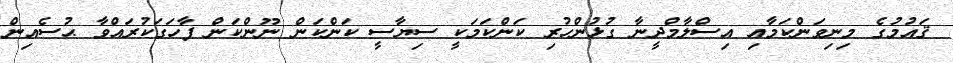
ޤައުމުގެ މިނިވަންކަމާއި އިސްލާމްދީނާ ގުޅުންހުރި ކަންކަމަކީ ސިޔާސީ ކަންކަން ނޫންކަން ފާހަގަކުރައްވާ ޙުސެއިން